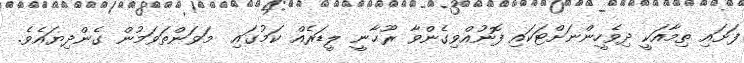
ފަށައި ތިމާއަކީ ދިވެހީންނަށްޓަކައި ފޮނުއްވިގެންވާ ރޫޙާނީ ލީޑަރެއް ކަމުގައި  މަވަންތަވަމުން ގެންދިޔައެވެ.